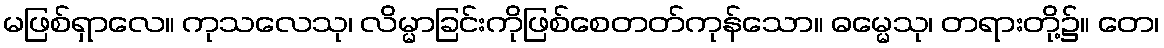
မဖြစ်ရှာလေ။ ကုသလေသု၊ လိမ္မာခြင်းကိုဖြစ်စေတတ်ကုန်သော။ ဓမ္မေသု၊ တရားတို့၌။ တေ၊